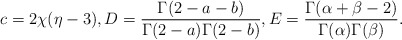
\begin{align*}c=2\chi(\eta-3),D=\frac{\Gamma(2-a-b)}{\Gamma(2-a)\Gamma(2-b)},E=\frac{\Gamma(\alpha+\beta-2)}{\Gamma(\alpha)\Gamma(\beta)}.\end{align*}